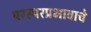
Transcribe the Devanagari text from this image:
परस्परप्रभावाचे